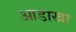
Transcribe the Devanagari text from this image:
आडाखा